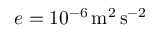
e = 1 0 ^ { - 6 } \, \mathrm { { m ^ { 2 } \, s ^ { - 2 } } }